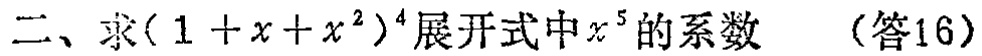
二、求\((1 + x + x^{2})^{4}\)展开式中\(x^{5}\)的系数 （答16）